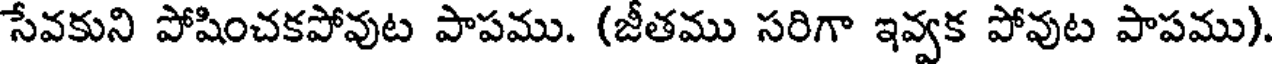
సేవకుని పోషించకపోవుట పాపము. (జీతము సరిగా ఇవ్వక పోవుట పాపము)